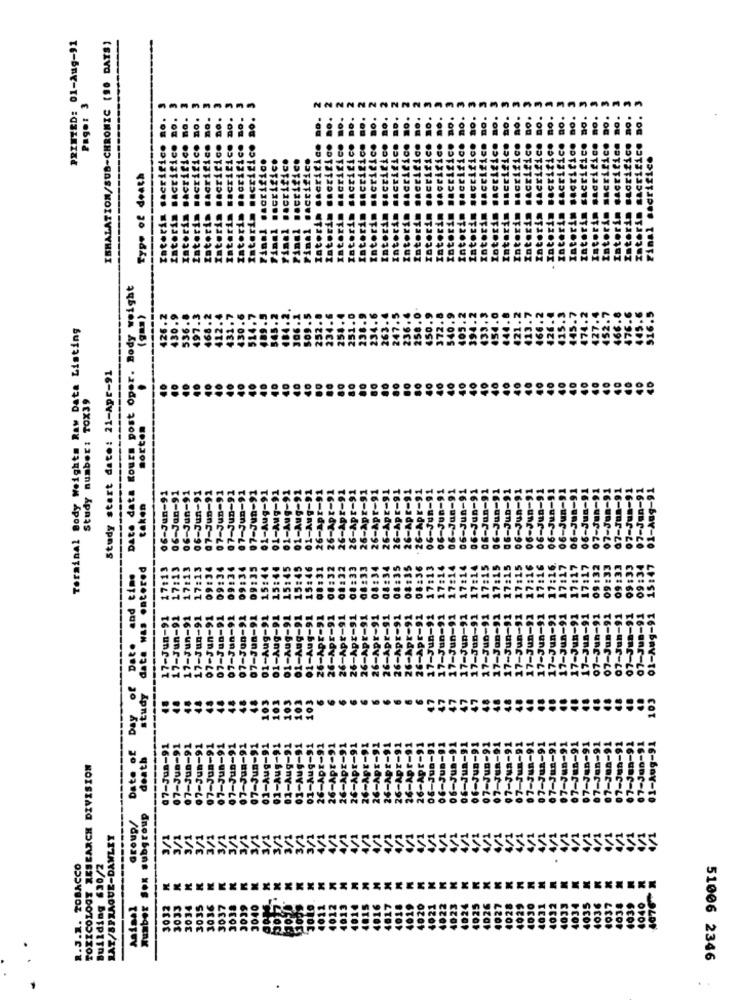
PRINTED: 01-Aug-91
INHALATION/SUB-CHRONIC (90 DAYS)
Pago:
Interim sacrif
Interim sacrifi
Type of death
Date data Kours post oper. Body weight
(gas)
Terminal Body Weight# Raw Data Listing
Study start date: 21-Apr-91
40
Study number: TOX39
norton
06-Jun-91
06-Jun-91
07-Jun-91
07-Jun-91
07-Jun-91
01-Aug-91
06-Jun-91
06-Jan-91
07-Jun-91
07-Jun-91
taken
07
data was entered
17:13
17:13
17:13
09:34
09:34
09:34
09:34
15:44
Date of Day of Date and time
17 ::
07-Jun-91 09
15:
17-Jun-91
17-Jun-91
17-Jun-91
17-Jun-91
07-Jun-91
07-Jun-91
07-Jun-91
07-Jun-91
01-Aug-91
Jun-9
Jun-9
-Jun-S
-Jun-
-Jun-
17
17
17
17
07
07
study
-Jun-91
-Jun-91
Jun-91
Aug-91
07-Jun-91
07-Jun-91
07-Jun-91
07-Jun-91
07-Jun-91
07-Jun-91
07-Jun-91
07-Jun-91
07-Jun-91
01-Aug-91
-Jun-91
-Jun-91
-Jun-91
7-Jan-91
07-388-9
death
-Jun-9
TOXICOLOGY RESEARCH DIVISION
01
Number Sox subgroup
Group/
RAT/SPRAGUE-DAWLET
1
3/1
3/1
1
SSSSSSSSSSS
R.J.1. TOBACCO
Building 630/2
35
36
4037
4039
Anisal
3032
3013
3034
3035
402
403
4038
1040
51006 2346